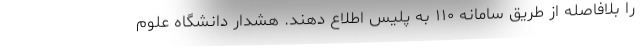
را بلافاصله از طریق سامانه ۱۱۰ به پلیس اطلاع دهند. هشدار دانشگاه علوم